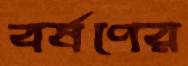
বর্ষণের